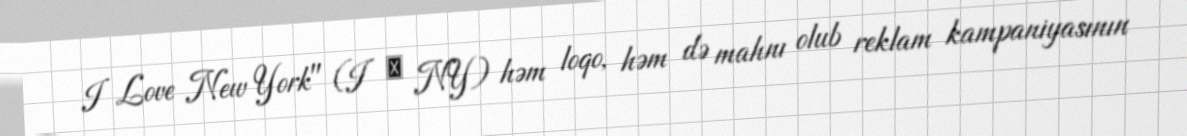
I Love New York" (I ❤ NY) həm loqo, həm də mahnı olub reklam kampaniyasının